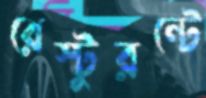
রেস্টুরন্টে